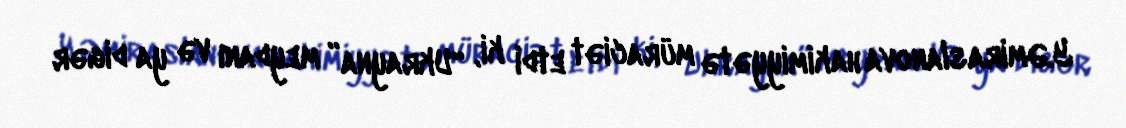
Y.Əmiraslanova hakimiyyətə müraciət etdi ki, “Ukrayna” meydanı və ya digər